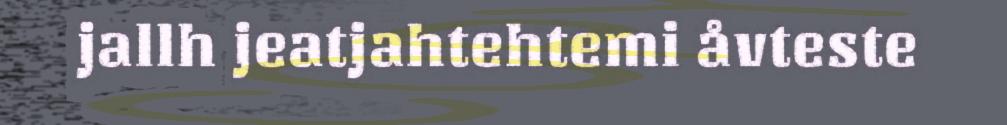
jallh jeatjahtehtemi åvteste